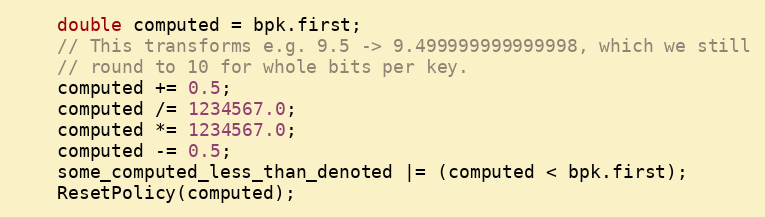
Language: C++
    double computed = bpk.first;
    // This transforms e.g. 9.5 -> 9.499999999999998, which we still
    // round to 10 for whole bits per key.
    computed += 0.5;
    computed /= 1234567.0;
    computed *= 1234567.0;
    computed -= 0.5;
    some_computed_less_than_denoted |= (computed < bpk.first);
    ResetPolicy(computed);